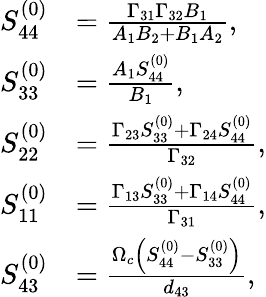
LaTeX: \begin{array}{rl}{S_{44}^{(0)}}&{=\frac{\Gamma_{31}\Gamma_{32}B_{1}}{A_{1}B_{2}+B_{1}A_{2}},}\\ {S_{33}^{(0)}}&{=\frac{A_{1}S_{44}^{(0)}}{B_{1}},}\\ {S_{22}^{(0)}}&{=\frac{\Gamma_{23}S_{33}^{(0)}+\Gamma_{24}S_{44}^{(0)}}{\Gamma_{32}},}\\ {S_{11}^{(0)}}&{=\frac{\Gamma_{13}S_{33}^{(0)}+\Gamma_{14}S_{44}^{(0)}}{\Gamma_{31}},}\\ {S_{43}^{(0)}}&{=\frac{\Omega_{c}\left(S_{44}^{(0)}-S_{33}^{(0)}\right)}{d_{43}},}\end{array}